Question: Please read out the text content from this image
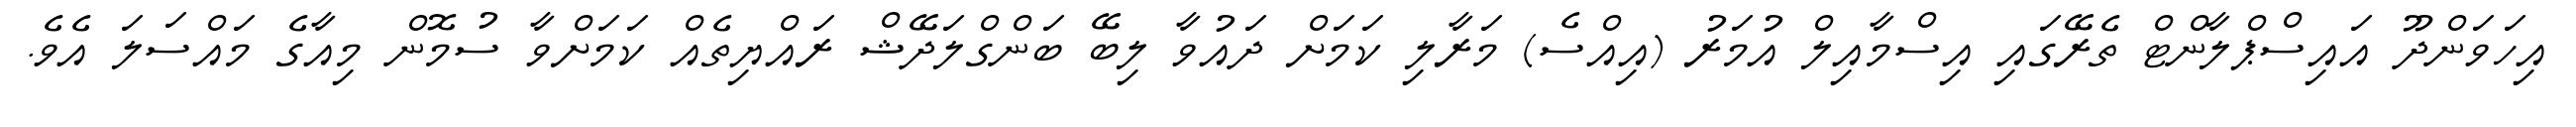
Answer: އިހަވަންދޫ އައިސްޕްލާންޓް ތެރޭގައި އިސްމާއިލް އުމަރު (އިއްސެ) މަރާލި ކަމަށް ދައުވާ ލިބޭ ބަންގްލަދޭޝް ރައްޔިތެއް ކަމަށްވާ ސުމޮން މިއާގެ މައްސަލަ އެވެ.